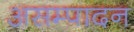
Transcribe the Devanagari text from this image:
असम्पादन